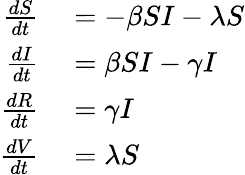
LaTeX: \begin{array}{rl}{\frac{dS}{dt}}&{{}=-\beta SI-\lambda S}\\ {\frac{dI}{dt}}&{{}=\beta SI-\gamma I}\\ {\frac{dR}{dt}}&{{}=\gamma I}\\ {\frac{dV}{dt}}&{{}=\lambda S}\end{array}